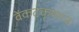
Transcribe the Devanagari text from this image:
वेंकटकृष्णन